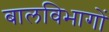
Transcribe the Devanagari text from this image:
बालविभागों